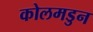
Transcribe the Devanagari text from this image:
कोलमडुन